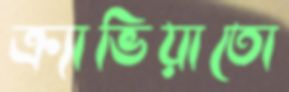
ক্র্যাভিয়াতো